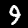
Digit: 9